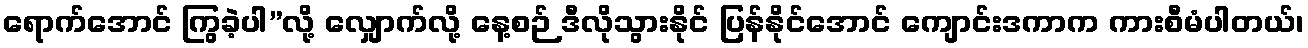
ရောက်အောင် ကြွခဲ့ပါ”လို့ လျှောက်လို့ နေ့စဉ် ဒီလိုသွားနိုင် ပြန်နိုင်အောင် ကျောင်းဒကာက ကားစီမံပါတယ်၊